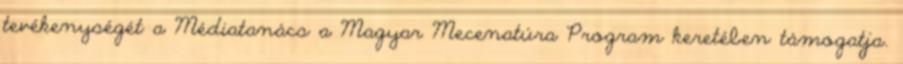
tevékenységét a Médiatanács a Magyar Mecenatúra Program keretében támogatja.